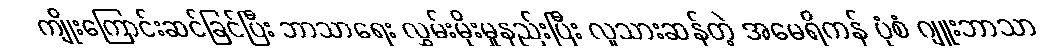
ကျိုးကြောင်းဆင်ခြင်ပြီး ဘာသာရေး လွှမ်းမိုးမှုနည်းပြီး လူသားဆန်တဲ့ အမေရိကန် ပုံစံ ဂျူးဘာသာ